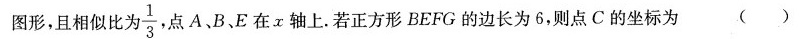
图形，且相似比为\frac{1}{3}点A、B、E在x轴上。若正方形BEFG的边长为6，则点C的坐标为()